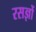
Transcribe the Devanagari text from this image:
रसज्ञों